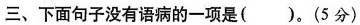
三、下面句子没有语病的一项是()。(5分)